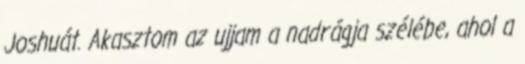
Joshuát. Akasztom az ujjam a nadrágja szélébe, ahol a